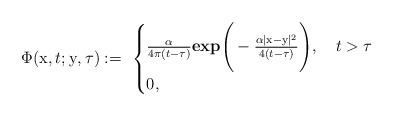
LaTeX: \begin{align*}\Phi(\mathrm{x},t;\mathrm{y},\tau):=\ \begin{cases}\frac{\alpha}{4\pi(t-\tau)}\textbf{exp}\Bigg(-\frac{\alpha |\mathrm{x}-\mathrm{y}|^2}{4(t-\tau)}\Bigg), \ \ \ t > \tau \\0 ,\end{cases}\end{align*}